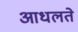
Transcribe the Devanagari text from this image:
आधलते